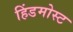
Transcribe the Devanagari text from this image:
हिंडमोस्ट